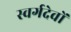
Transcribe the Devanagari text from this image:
स्वर्गदेवों